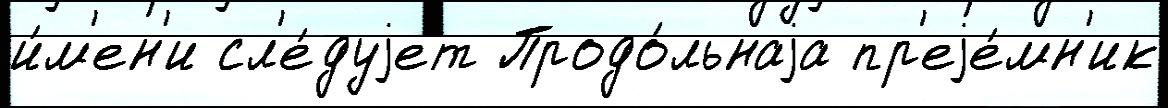
и́м'ен'и сл'е́дуjет Продо́льнаjа пр'еjе́мн'ик